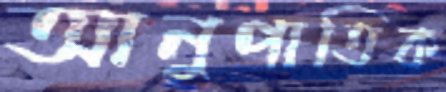
আনুপাতিক